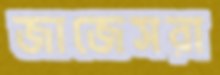
জাজেসরা